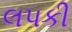
લપકી